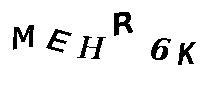
MEHR6K